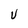
Character: U